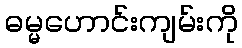
ဓမ္မဟောင်းကျမ်းကို